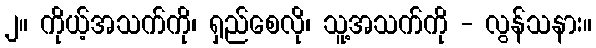
၂။ ကိုယ့်အသက်ကို၊ ရှည်စေလို၊ သူ့အသက်ကို - လွန်သနား။